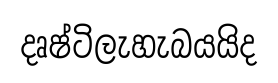
දෘෂ්ටිලැහැබයයිද